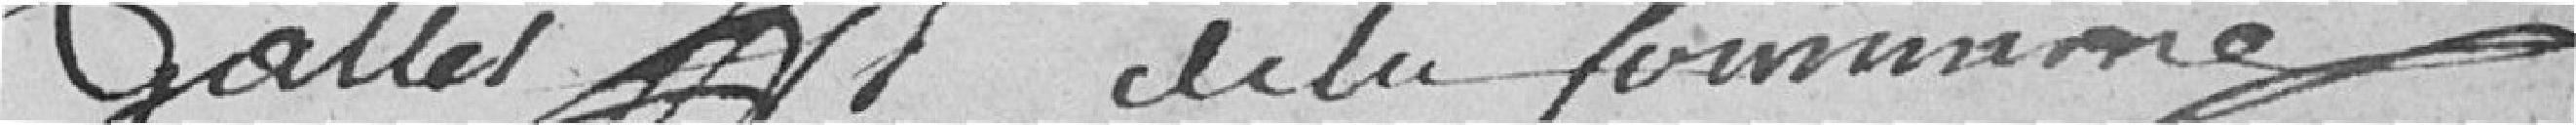
salles de la Commune